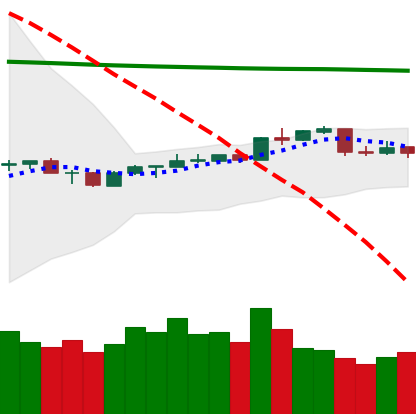
Ticker: NEO-USD
Chart end date: 2020-04-13
Forward return: 8.209%
Label: up_7plus